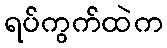
ရပ်ကွက်ထဲက